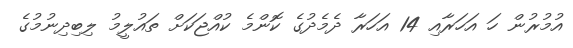
އުމުރުން ހަ އަހަރާއި 14 އަހަރާ ދެމެދުގެ ކޮންމެ ކުއްޖަކަށް ތައުލީމު ލިބިދިނުމުގެ